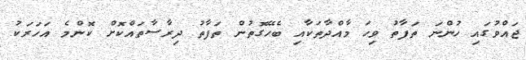
ޖައްވުގައި ހުންނަ ތަފާތު ވިހަ މާއްދާތަކާއި ބެހޭގޮތުން ތަފާތު ދިރާސާތައްކޮށް ކޮންމެ އަހަރަކު